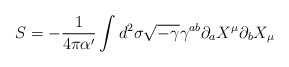
\begin{align*}S = -\frac{1}{4 \pi \alpha'} \int d^2 \sigma \sqrt{-\gamma}\gamma^{ab} \partial_a X^\mu \partial_b X_\mu\end{align*}